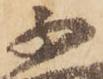
不